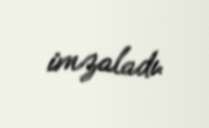
imzaladı.